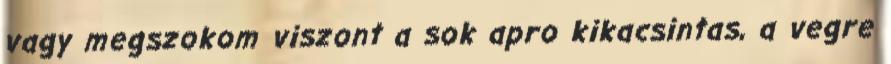
vagy megszokom viszont a sok apro kikacsintas, a vegre